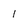
Character: 1